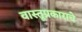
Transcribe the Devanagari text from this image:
वास्तूप्रकाराचे